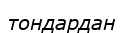
тондардан